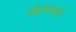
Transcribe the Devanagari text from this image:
खेलवस्त्रों